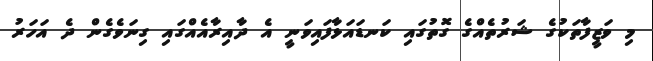
މި ވަޒީފާތަކުގެ ޝަރުތެއްގެ ގޮތުގައި ކަނޑައަޅާފައިވަނީ އެ ދާއިރާއެއްގައި ގިނަވެގެން ދެ އަހަރު